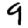
Digit: 9